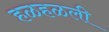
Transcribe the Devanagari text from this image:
हळहळली